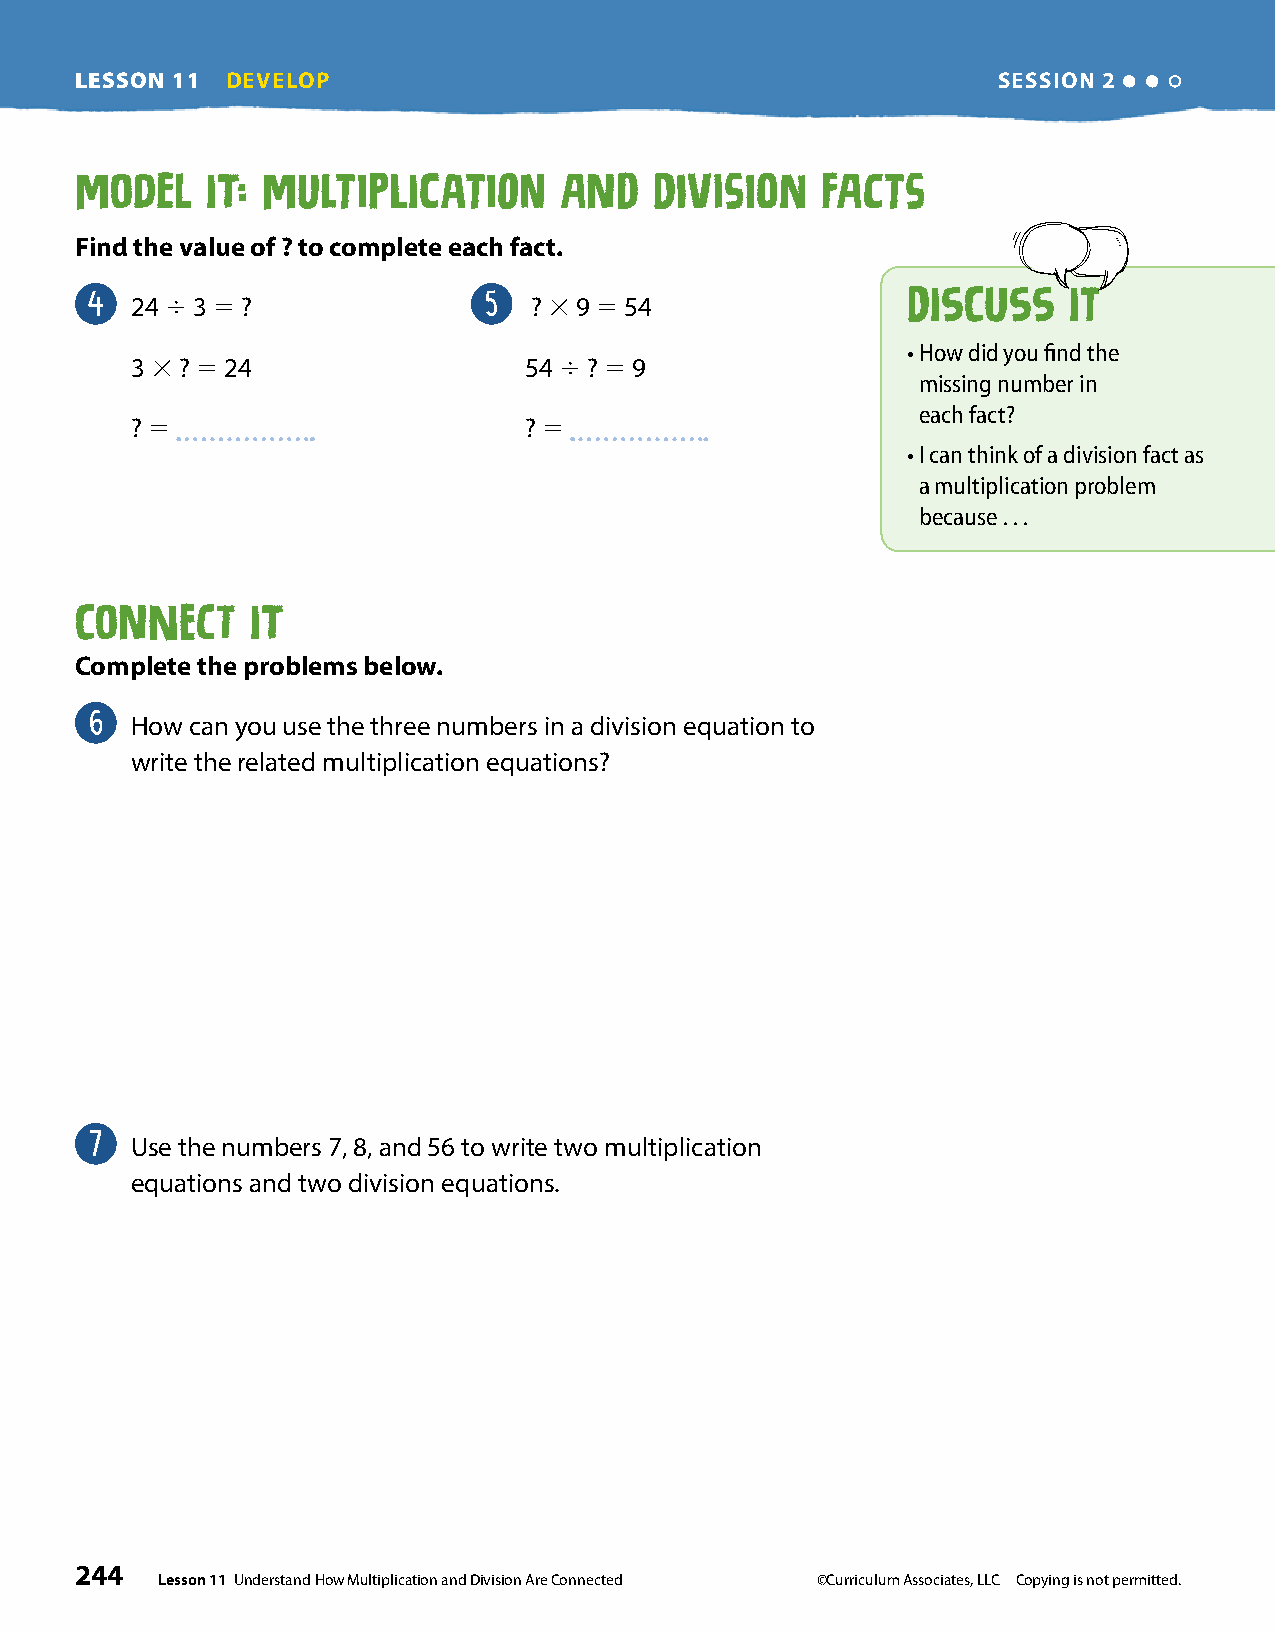
LESSON 11 DEVELOP                                            SESSION 2
 Model    It: MultiplIcation     and   DivisioN   Facts
 Find the value of ? to complete each fact .
 4                         5
 24 4 3 5 ?                ? 3 9 5 54
 DISCUSS    IT
 • How did you find the
 3 3 ? 5 24                54 4 ? 5 9
 missing number in
 each fact?
 ? 5                       ? 5
 • I can think of a division fact as
 a multiplication problem
 because . . .
 Connect     It
 Complete the problems below .
 6
 How can you use the three numbers in a division equation to
 write the related multiplication equations?
 7
 Use the numbers 7, 8, and 56 to write two multiplication
 equations and two division equations.
 244
 Lesson 11 Understand How Multiplication and Division Are Connected ©Curriculum Associates, LLC Copying is not permitted.